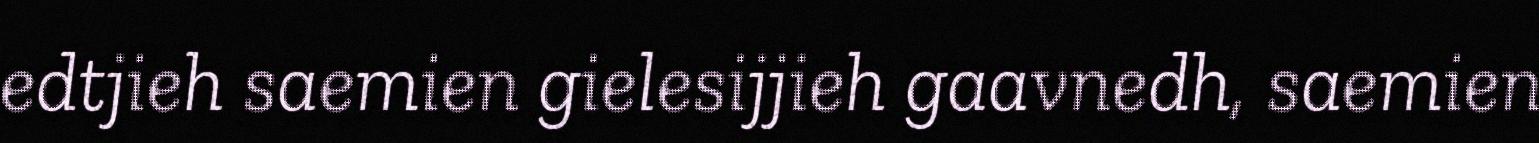
edtjieh saemien gielesijjieh gaavnedh, saemien